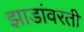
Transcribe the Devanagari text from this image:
झाडांवरती